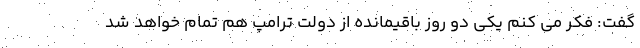
گفت: فکر می کنم یکی دو روز باقیمانده از دولت ترامپ هم تمام خواهد شد